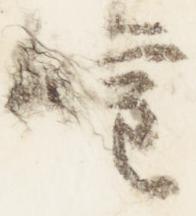
権